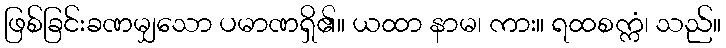
ဖြစ်ခြင်းခဏမျှသော ပမာဏရှိ၏။ ယထာ နာမ၊ ကား။ ရထစက္ကံ၊ သည်။